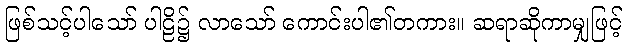
ဖြစ်သင့်ပါသော် ပါဠိ၌ လာသော် ကောင်းပါ၏တကား။ ဆရာဆိုကာမျှဖြင့်